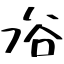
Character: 𠗖